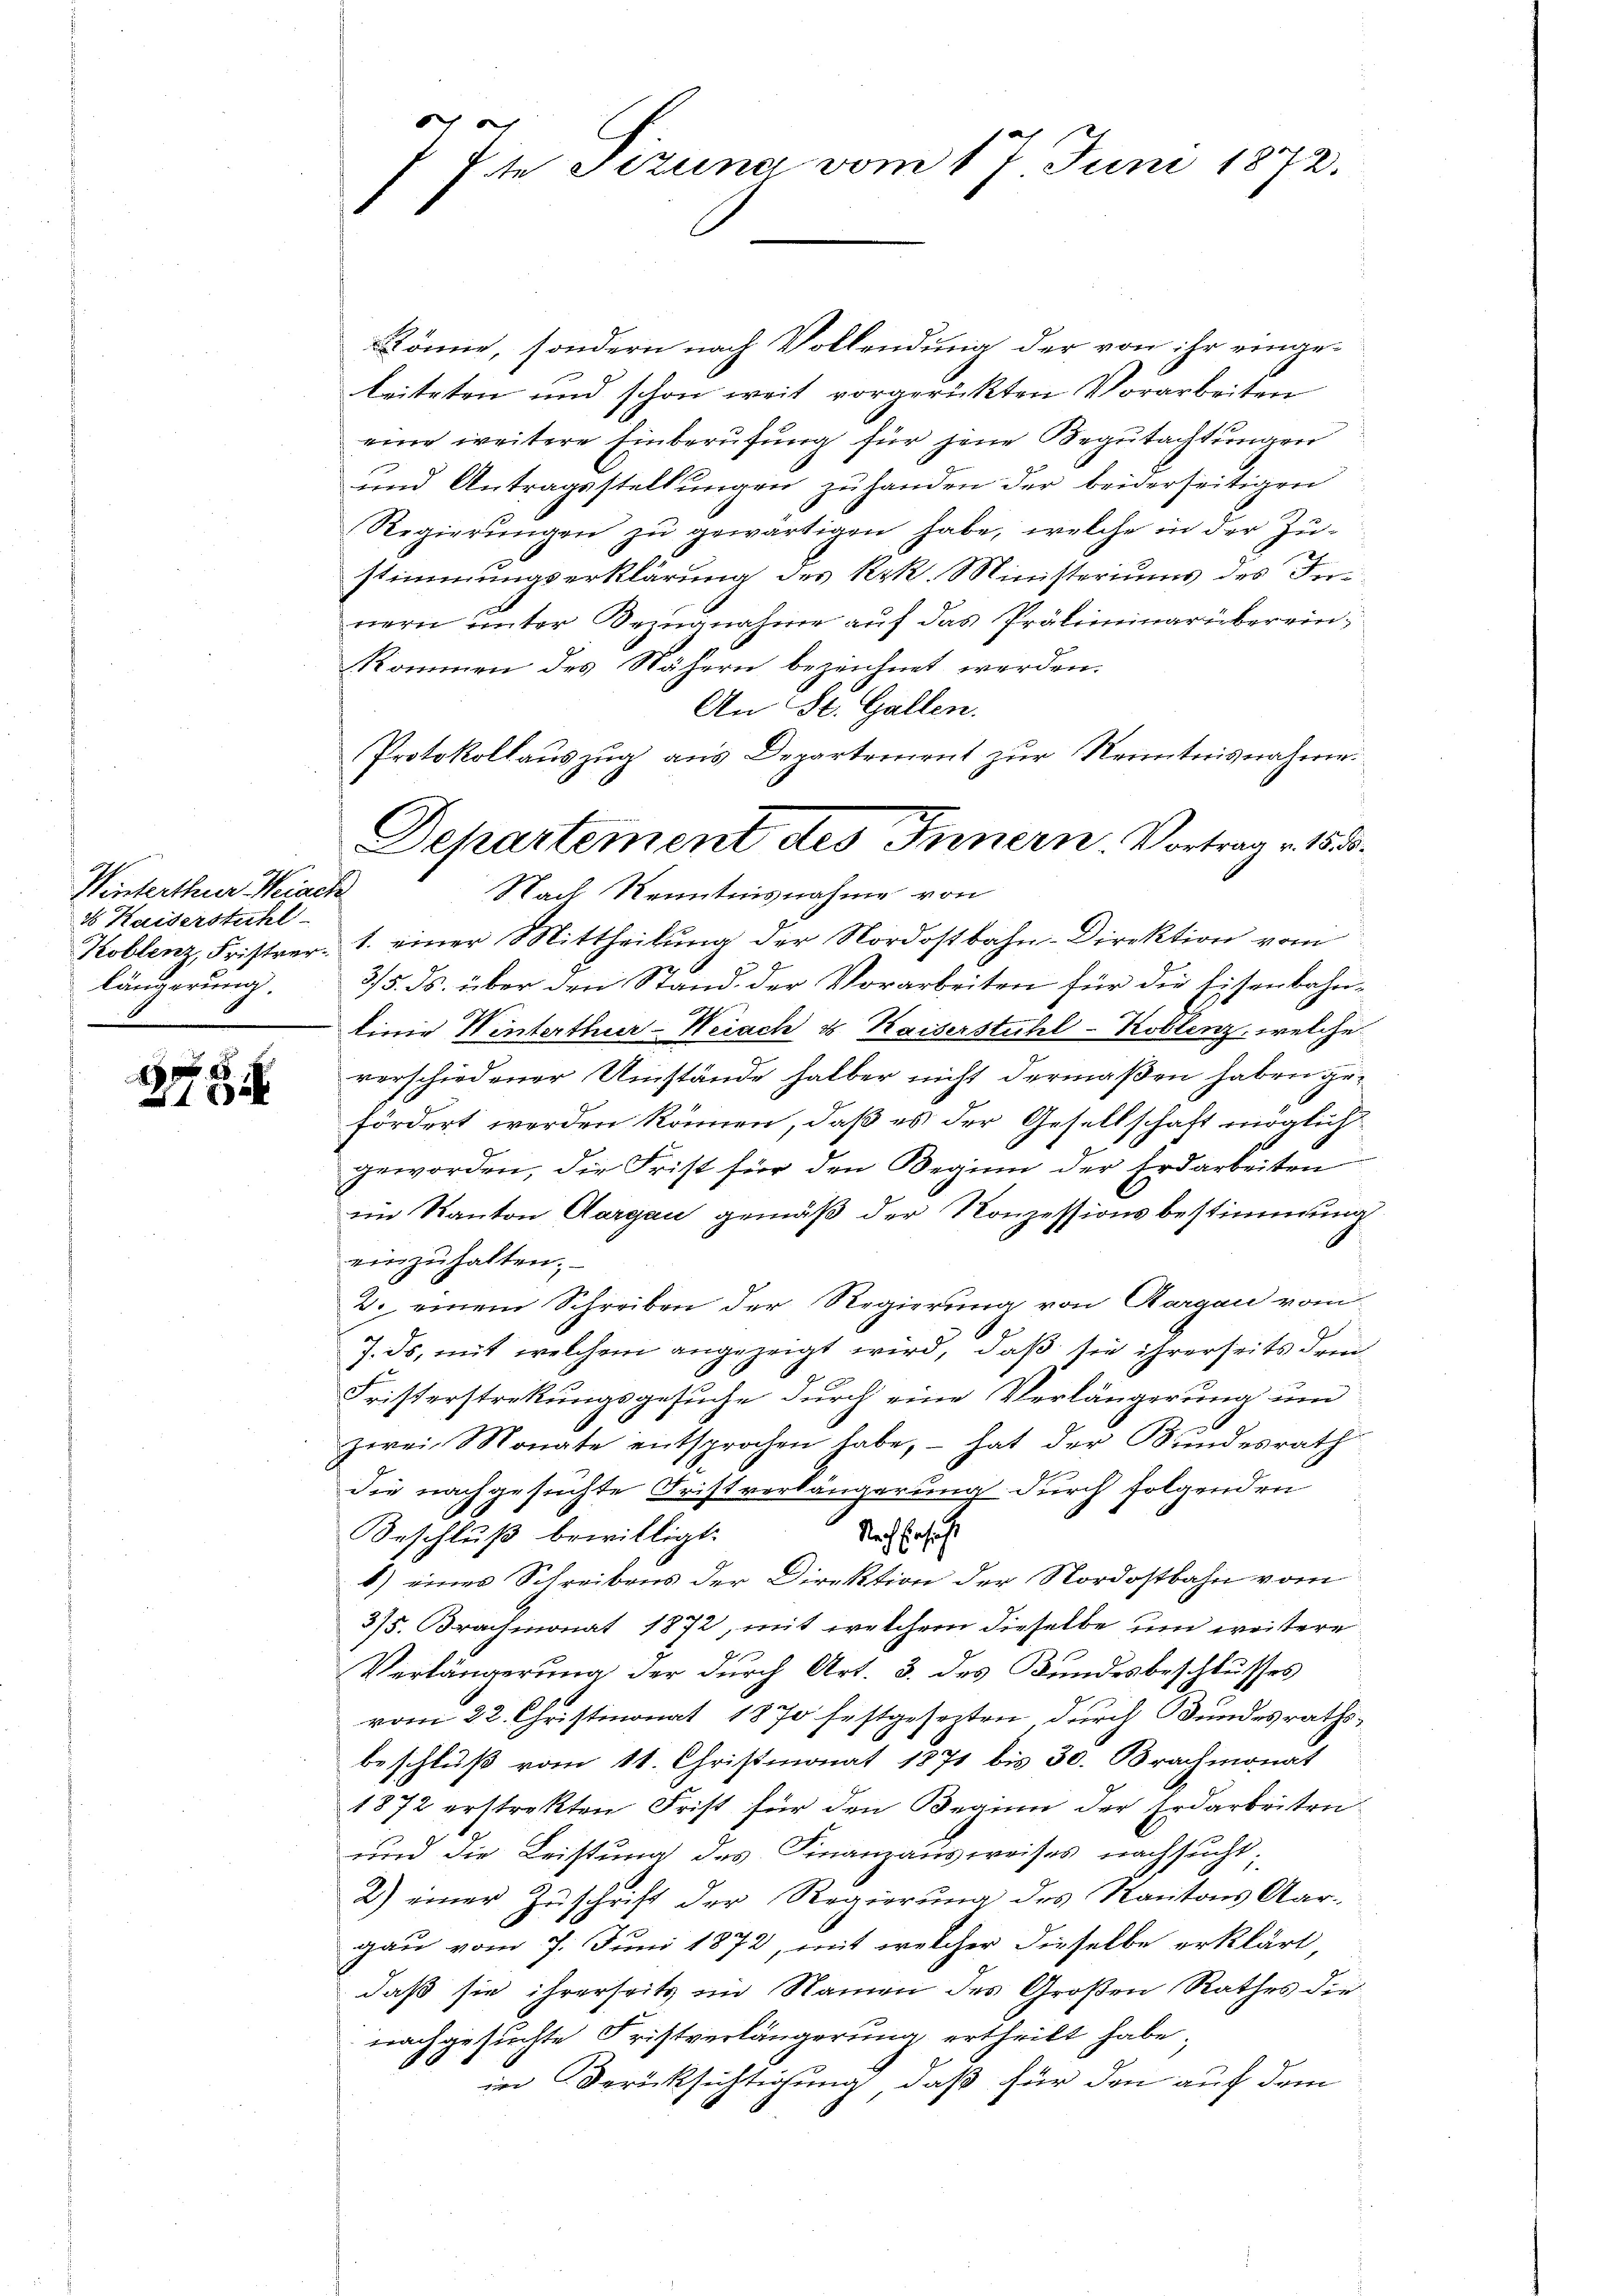
Winterthur Weiach
16 Kaiserstuhl
längerung.

x
x

könne, sondern nach Vollendung der von ihr eingeleiteten und schon weit vorgerückten Vorarbeiten
eine weitere Einberufung für jene Begutachtungen
und Antragsstellungen zu handen der beiderseitigen
Regierŭngen zŭ gewärtigen habe, welche in der Zu-
stimmungserklärung des k.k. Ministeriums des Freinern ŭnter Bezŭgnahme aŭf das Präliminarüber ein-
kommen des Nähern bezeichnet werden.
An St. Gallen.
Nach Kenntnisnahme von
Koblenz, Fristrer. 1. einer Mittheilung der Nordostbahn-Direktion vom
3/5. ds. über den Stand der Vorarbeiten für die Eisenbahnlinie Winterthur–Weiach & Kaiserstuhl-Koblenz, welche
vorschiedener Umstände halber nicht dermaßen haben gefördert werden können, daß es der Gesellschaft möglich
geworden, die Frist für den Beginn der Erdarbeiten
im Kanton Aargau gemäß der Konzessionsbestimmung
.
einzuhalten.
2. einem Schreiben der Regierung von Aargau vom
7. ds, mit welchem angezeigt wird, daß sie ihrerseits dem
e
Fristerstrekungsgesuche durch eine Verlängerung und
zwei Monate entsprochen habe, – hat der Bundesrath
die nachgesuchte Fristverlängerung durch folgenden
Nach Einsicht
Beschluß bewilligt.
b) eines Schreibens der Direktion der Nordostbahn vom
375. Brachmonat 1872, mit welchem dieselbe um weitere
Verlängerung der durch Art. 3. des Bundesbeschlusses
vom 22. Christmonat 1870 festgesezten durch Bundesraths-
beschluß vom 11. Christmonat 1871 bis 30. Brachmonat
1872 erstrekten Frist für den Beginn der Erdarbeiten
und die Leistung des Finanzausweises nachsucht;
2) einer Zuschrift der Regierung des Kantons Aar-
gau vom 7. Juni 1872, mit welcher dieselbe erklärt,
daß sie ihrerseits im Namen des Großen Rathes die
nachgesuchte Fristverlängerung ertheilt habe;
in Berücksichtigung, daß für den auf dem

7te Pizuna vom 17 Juni 1872.

Protokollauszug aus Departement zur Kenntnisnahme.
Departement des Innern. Vortrag v. 153.